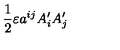
\frac { 1 } { 2 } \varepsilon a ^ { i j } A _ { i } ^ { \prime } A _ { j } ^ { \prime }